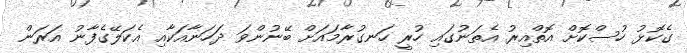
ގެކޮޅު ހުސްކޮށް އޮތްއިރު އެތަނުގައި ހުރީ ހަނގުރާމައަށް ބޭނުންވަ ދަހަނާއަކާއި އެކަލޭގެފާނު އަރަން